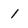
Character: 1